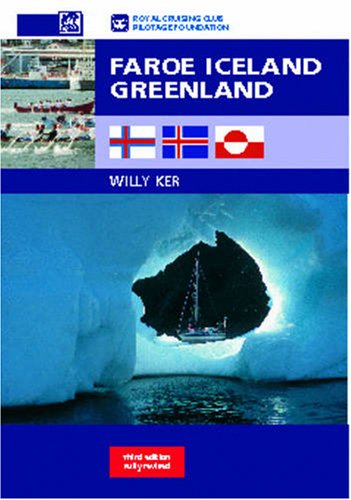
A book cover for Faroe Iceland Greenland; Willy Kerr; Travel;